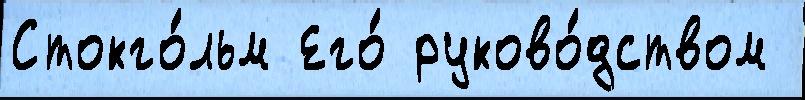
Стокго́льм Его́ руково́дством